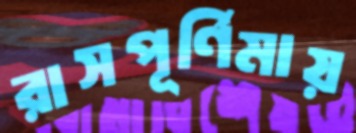
রাসপূর্ণিমায়